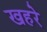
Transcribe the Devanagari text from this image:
खहरे